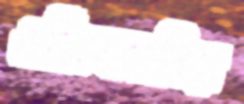
ওজিএসবির